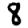
Digit: 8